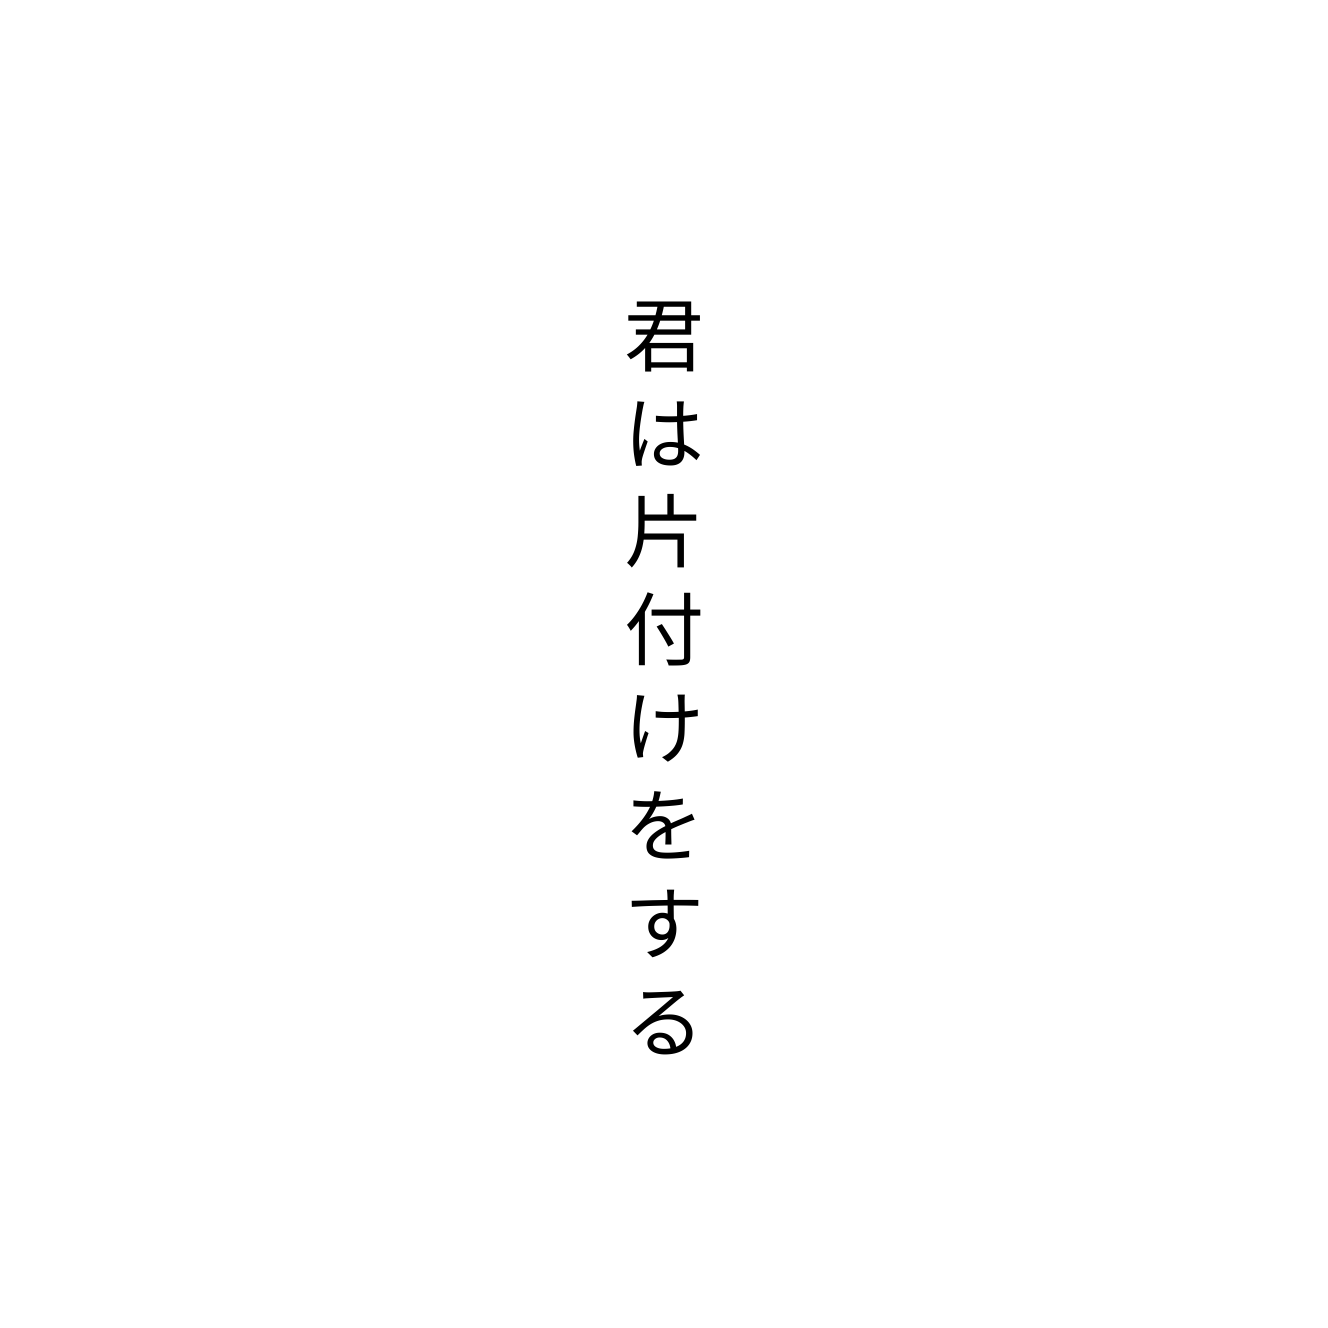
君は片付けをする